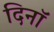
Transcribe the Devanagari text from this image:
दिनॉ